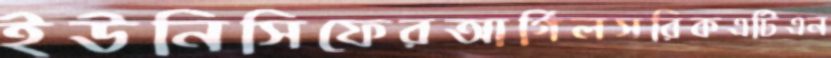
ইউনিসিফেরআর্গিলসরিকএটিএন